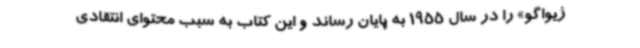
ژیواگو» را در سال 1955 به پایان رساند و این کتاب به سبب محتوای انتقادی